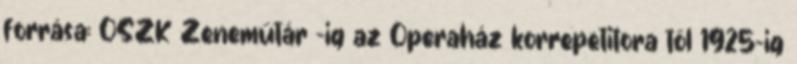
forrása: OSZK Zeneműtár -ig az Operaház korrepetitora től 1925-ig